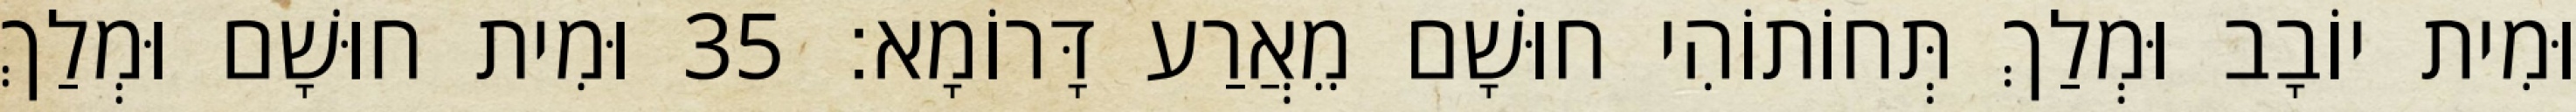
וּמִית יוֹבָב וּמְלַךְ תְּחוֹתוֹהִי חוּשָׁם מֵאֲרַע דָּרוֹמָא׃ 35 וּמִית חוּשָׁם וּמְלַךְ